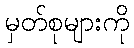
မှတ်စုများကို